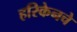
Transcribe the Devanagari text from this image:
हरिकेनचे